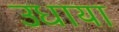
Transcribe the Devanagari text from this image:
उधाया